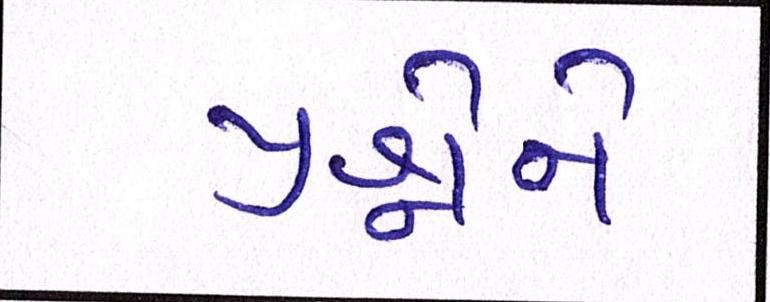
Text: પ્રશ્નોને